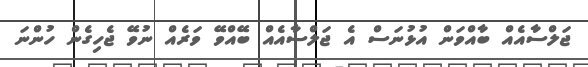
ޖަލްސާއެއް ބާއްވަން އުޅުނަސް އެ ޖަލްސާއެއް ބޭއްވޭ ވަރެއް ނުވޭ ޖެހިގެން ހުންނަ